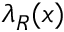
\lambda _ { R } ( x )